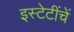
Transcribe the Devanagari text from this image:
इस्टेटींचें